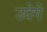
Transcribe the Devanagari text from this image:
उदेगे